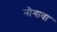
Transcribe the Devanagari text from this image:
नौगावा